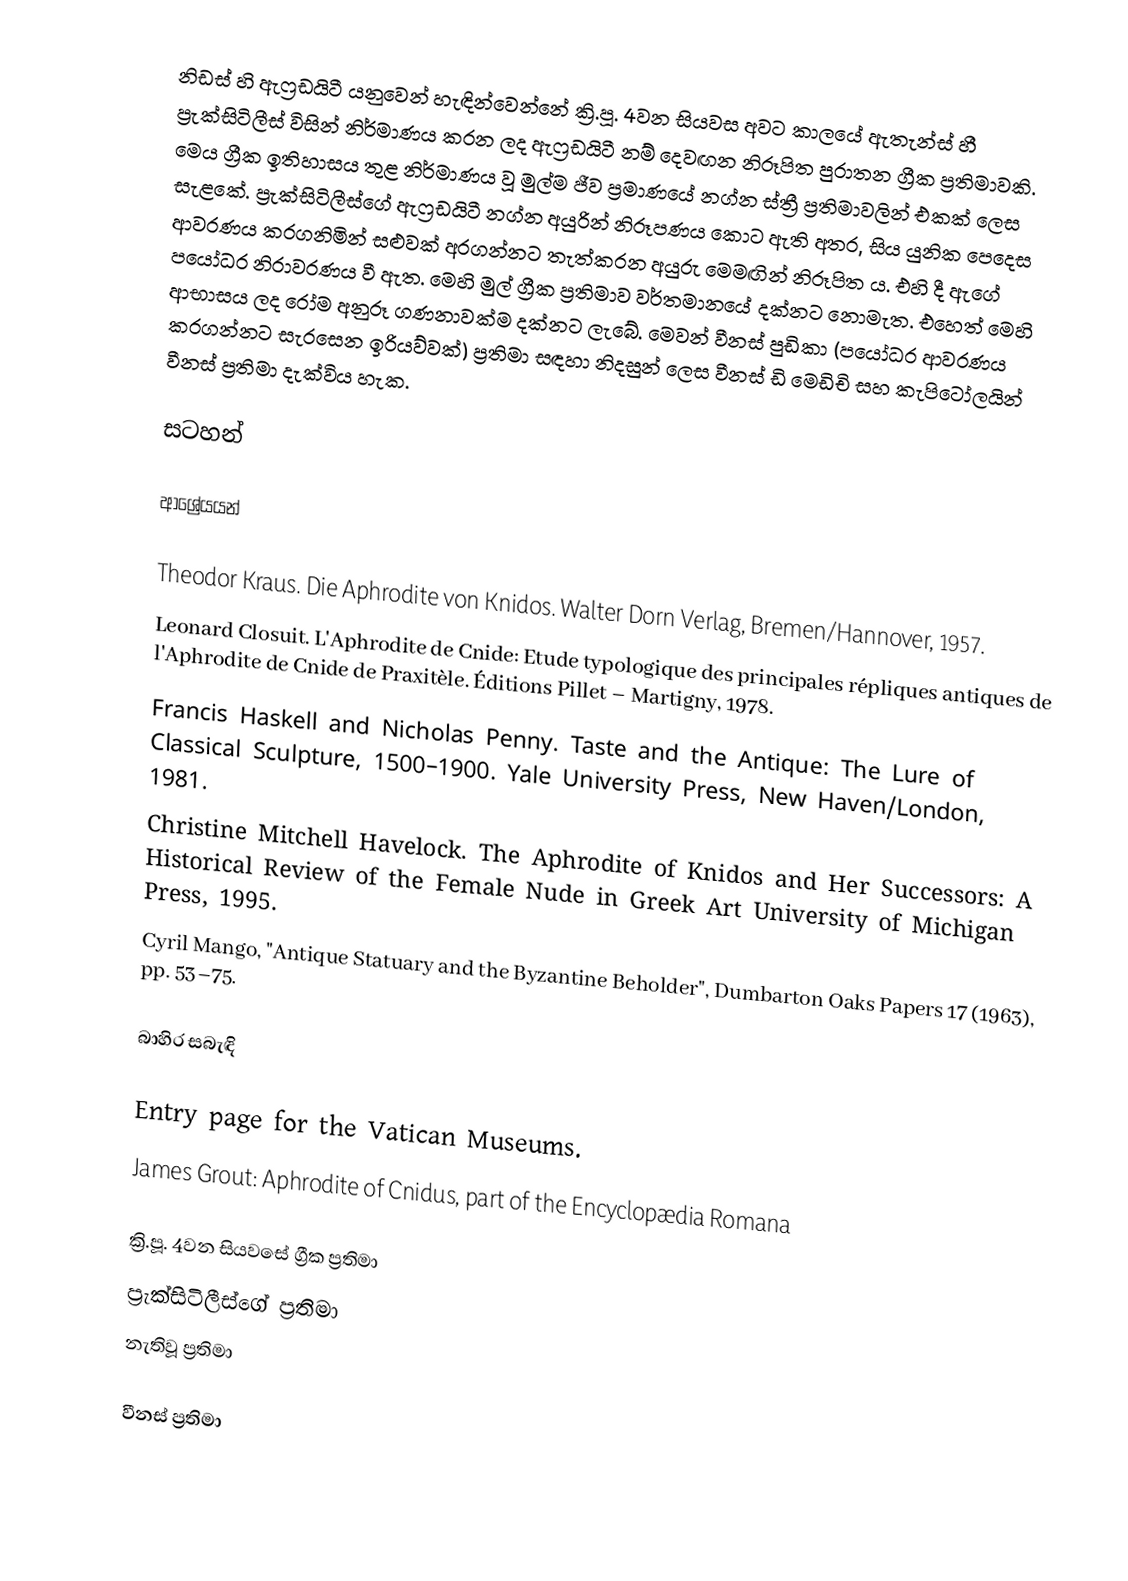
නිඩස් හි ඇෆ්‍රඩයිටී යනුවෙන් හැඳින්වෙන්නේ ක්‍රි.පූ. 4වන සියවස අවට කාලයේ ඇතැන්ස් හී ප්‍රැක්සිටිලීස් විසින් නිර්මාණය කරන ලද ඇෆ්‍රඩයිටී නම් දෙවඟන නිරූපිත පුරාතන ග්‍රීක ප්‍රතිමාවකි. මෙය ග්‍රීක ඉතිහාසය තුළ නිර්මාණය වූ මුල්ම ජීව ප්‍රමාණයේ  නග්න ස්ත්‍රී ප්‍රතිමාවලින් එකක් ලෙස සැළකේ. ප්‍රැක්සිටිලීස්ගේ ඇෆ්‍රඩයිටී නග්න අයුරින් නිරූපණය කොට ඇති අතර, සිය යුනික පෙදෙස ආවරණය කරගනිමින් සළුවක් අරගන්නට තැත්කරන අයුරු මෙමඟින් නිරූපිත ය. එහි දී ඇගේ පයෝධර නිරාවරණය වී ඇත. මෙහි මුල් ග්‍රීක ප්‍රතිමාව වර්තමානයේ දක්නට නොමැත. එහෙත් මෙහි ආභාසය ලද රෝම අනුරූ ගණනාවක්ම දක්නට ලැබේ. මෙවන් වීනස් පුඩිකා (පයෝධර ආවරණය කරගන්නට සැරසෙන ඉරියව්වක්) ප්‍රතිමා සඳහා නිදසුන් ලෙස වීනස් ඩි මෙඩිචි සහ කැපිටෝලයින් වීනස් ප්‍රතිමා දැක්විය හැක.

සටහන්

ආශ්‍රේයයන්

Theodor Kraus. Die Aphrodite von Knidos. Walter Dorn Verlag, Bremen/Hannover, 1957.
Leonard Closuit.  L'Aphrodite de Cnide: Etude typologique des principales répliques antiques de l'Aphrodite de Cnide de Praxitèle.  Éditions Pillet – Martigny, 1978.
Francis Haskell and Nicholas Penny.  Taste and the Antique: The Lure of Classical Sculpture, 1500–1900.  Yale University Press, New Haven/London, 1981.
Christine Mitchell Havelock.  The Aphrodite of Knidos and Her Successors: A Historical Review of the Female Nude in Greek Art University of Michigan Press, 1995.
 Cyril Mango, "Antique Statuary and the Byzantine Beholder", Dumbarton Oaks Papers 17 (1963), pp. 53–75.

බාහිර සබැඳි

 Entry page for the Vatican Museums.
 James Grout: Aphrodite of Cnidus, part of the Encyclopædia Romana

ක්‍රි.පූ. 4වන සියවසේ ග්‍රීක ප්‍රතිමා
ප්‍රැක්සිටිලීස්ගේ ප්‍රතිමා
නැතිවූ ප්‍රතිමා

වීනස් ප්‍රතිමා